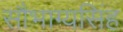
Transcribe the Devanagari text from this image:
सौभाग्यसिंह